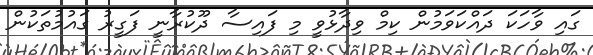
ގައި ވާހަކަ ދައްކަވަމުން ކިމް ވިދާޅުވީ މި ފައިސާ ދޫކުރާނީ ފަގީރު ގައުމުތަކުން